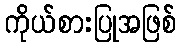
ကိုယ်စားပြုအဖြစ်